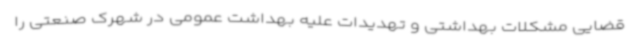
قضایی مشکلات بهداشتی و تهدیدات علیه بهداشت عمومی در شهرک صنعتی را